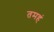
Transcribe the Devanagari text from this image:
तमहं